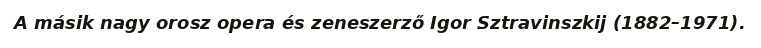
A másik nagy orosz opera és zeneszerző Igor Sztravinszkij (1882–1971).